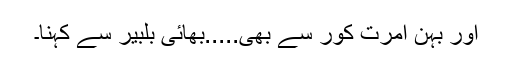
اور بہن امرت کور سے بھی.....بھائی بلبیر سے کہنا۔